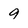
Character: 9